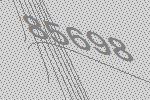
85698